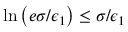
\ln \left( e \sigma / \epsilon _ { 1 } \right) \le \sigma / \epsilon _ { 1 }